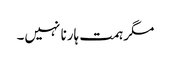
مگر ہمت ہارنا نہیں۔